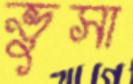
ভুসা